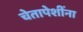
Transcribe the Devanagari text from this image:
चेतापेशींना